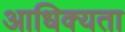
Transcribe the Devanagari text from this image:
आधिक्यता